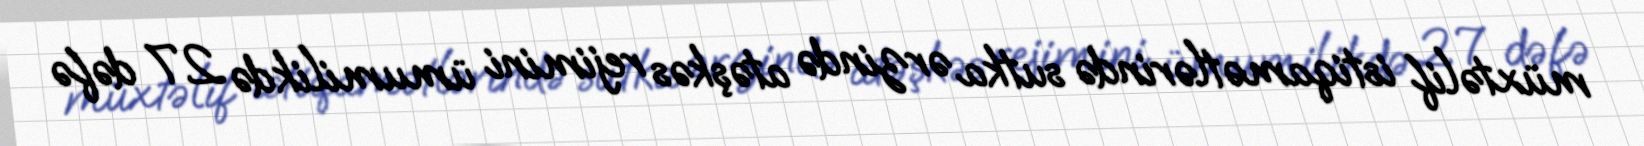
müxtəlif istiqamətlərində sutka ərzində atəşkəs rejimini ümumilikdə 27 dəfə